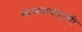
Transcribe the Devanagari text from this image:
काव्यप्रवाहाशी